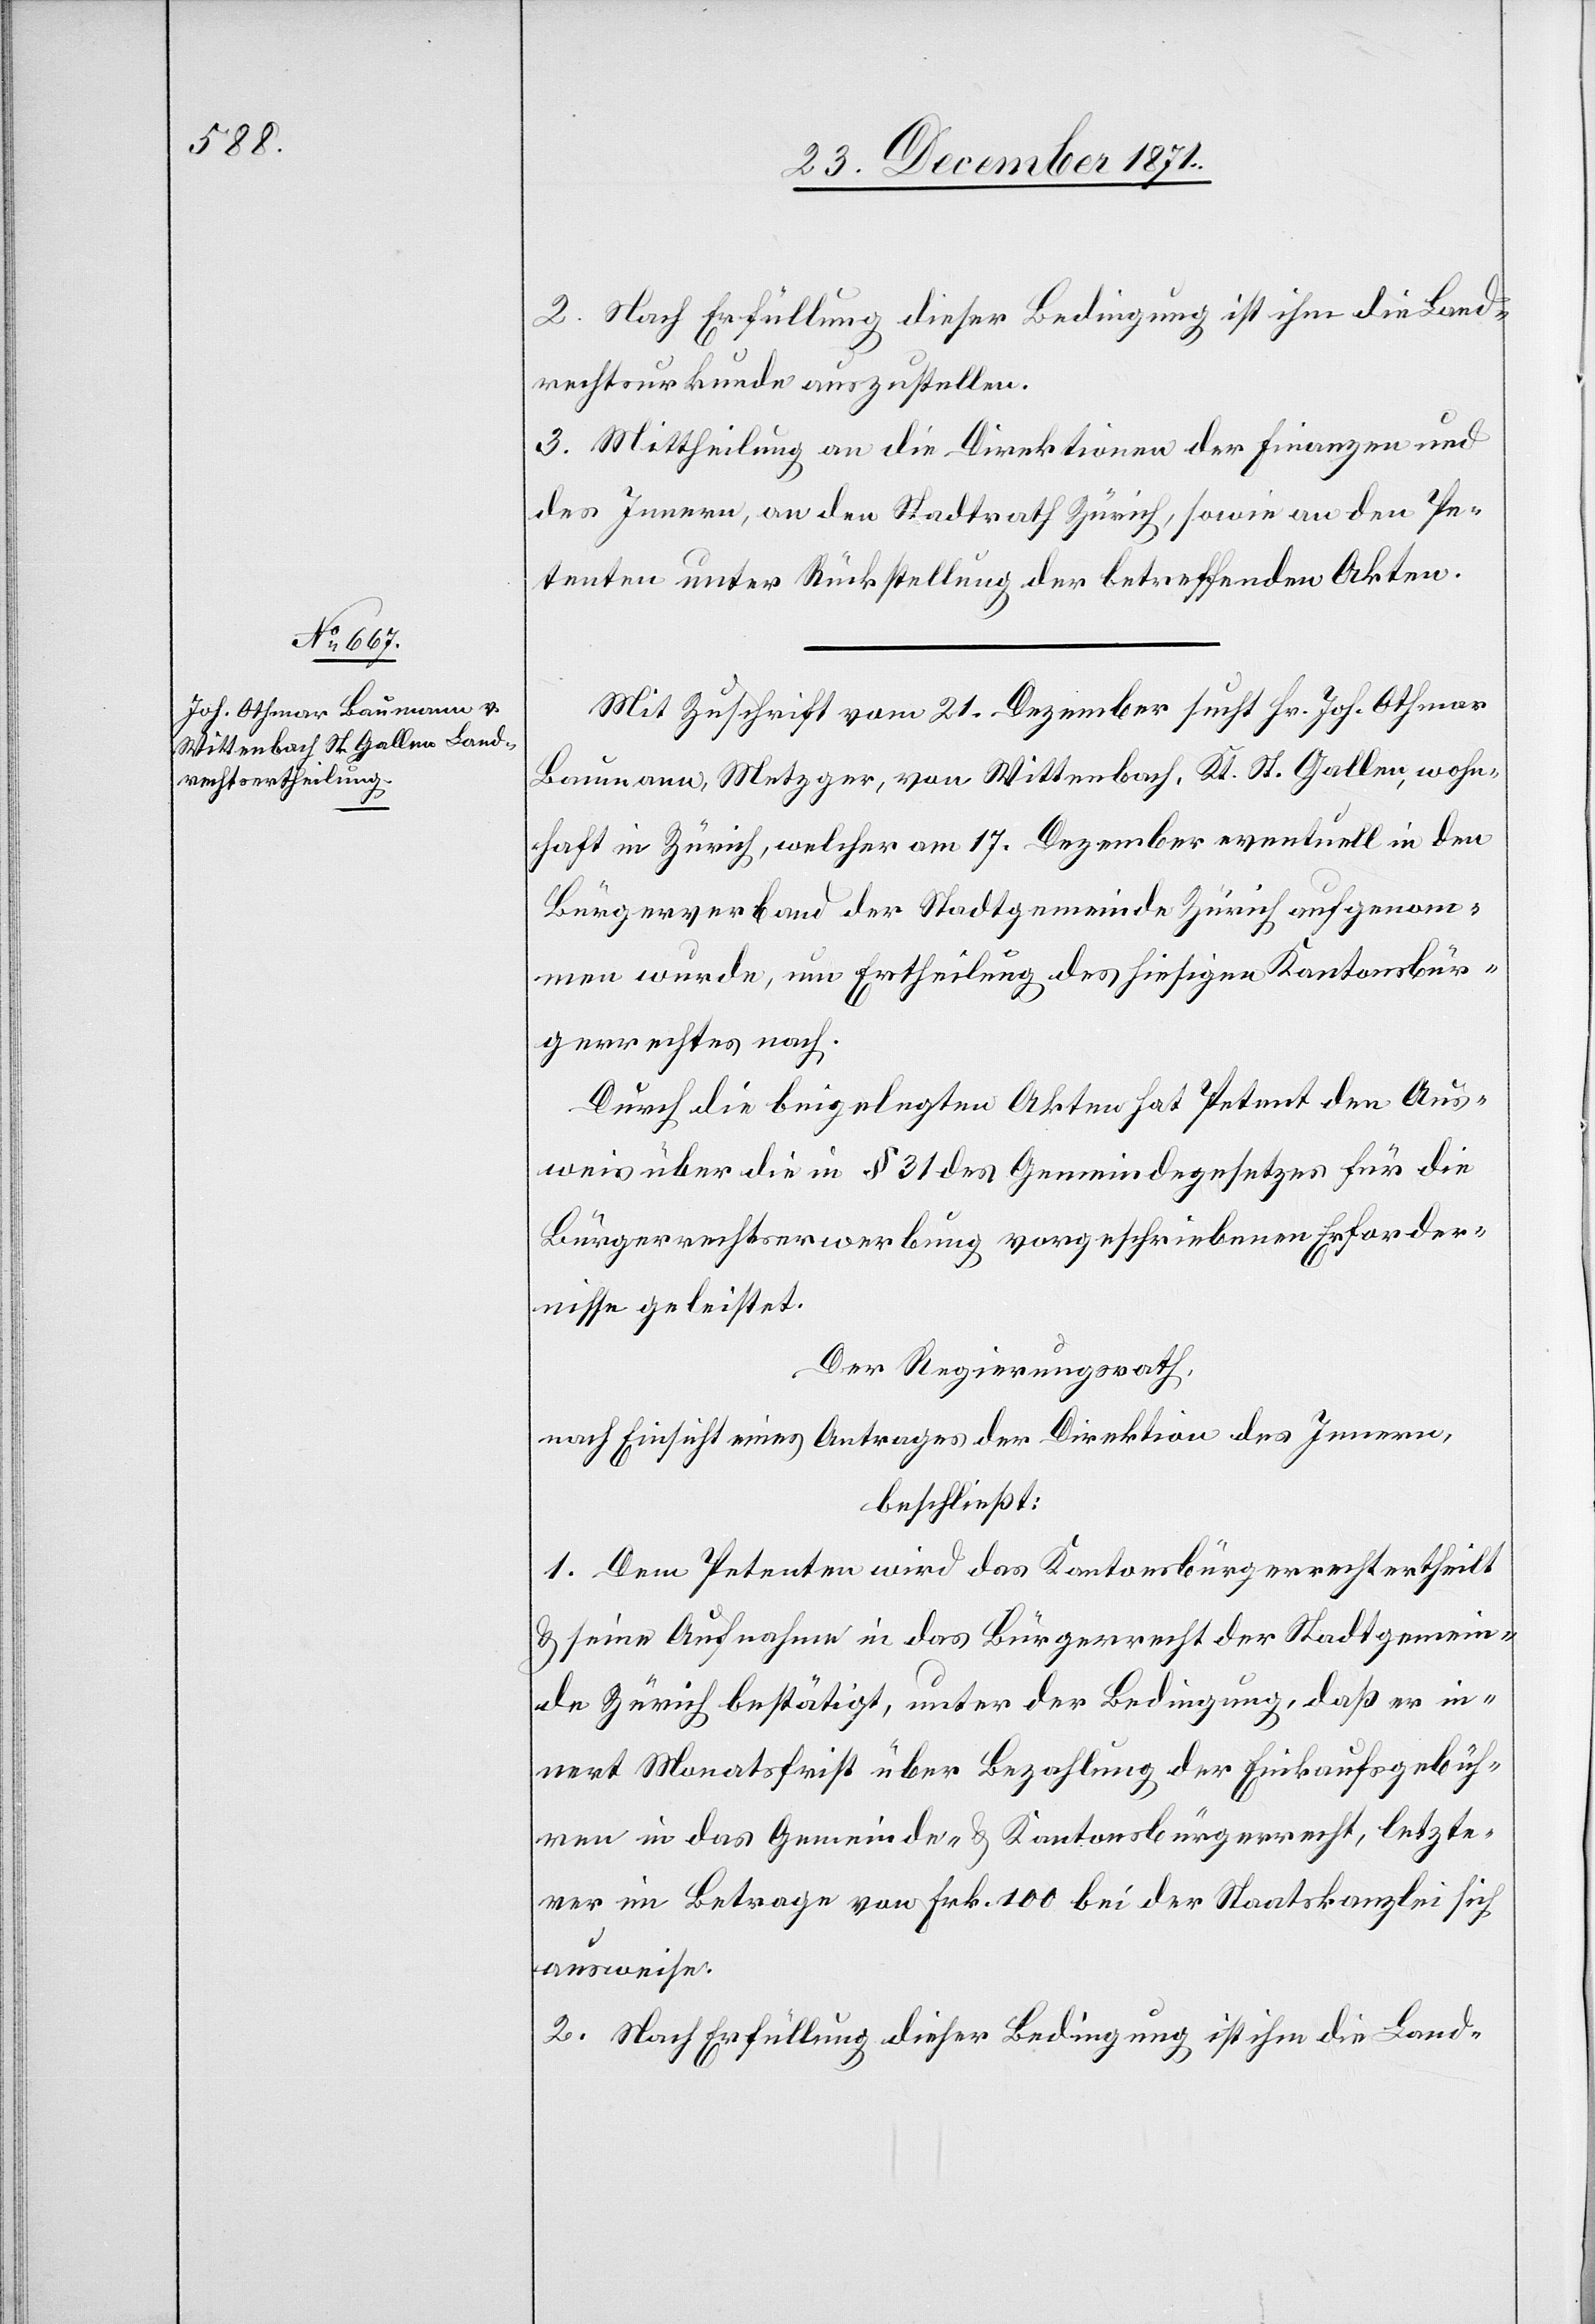
2. Nach Erfüllung dieser Bedingung ist ihm die Land¬
rechtsurkunde auszustellen.
3. Mittheilung an die Direktionen der Finanzen und
des Innern, an den Stadtrath Zürich, sowie an den Pe¬
tenten unter Rückstellung der betreffenden Akten.
Mit Zuschrift vom 21. Dezember sucht Hr. Joh. Othmar
Baumann, Metzger, von Wittenbach, Kt. St. Gallen, wohn¬
haft in Zürich, welcher am 17. Dezember eventuell in den
Bürgerverband der Stadtgemeinde Zürich aufgenom¬
men wurde, um Ertheilung des hiesigen Kantonsbür¬
gerrechtes nach.
Durch die beigelegten Akten hat Petent den Aus¬
weis über die in § 31 des Gemeindegesetzes für die
Bürgerrechtserwerbung vorgeschriebenen Erforder¬
nisse geleistet.
Der Regierungsrath,
nach Einsicht eines Antrages der Direktion des Innern,
beschließt:
1. Dem Petenten wird das Kantonsbürgerrecht ertheilt
& seine Aufnahme in das Bürgerrecht der Stadtgemein¬
de Zürich bestätigt, unter der Bedingung, daß er in¬
nert Monatsfrist über Bezahlung der Einkaufsgebüh¬
ren in das Gemeinde- & Kantonsbürgerrecht, letzte¬
rer im Betrage von Frk. 100 bei der Staatskanzlei sich
ausweise.
2. Nach Erfüllung dieser Bedingung ist ihm die Land-